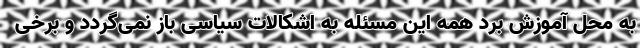
به محل آموزش برد همه این مسئله به اشکالات سیاسی باز نمی‌گردد و برخی